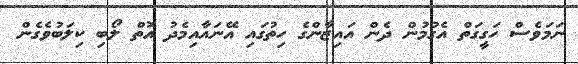
ނަމަވެސް ހަގީގަތް އެގުމުން ދެން އައިޒާންގެ ހިތުގައި އޭނައާއިމެދު އޮތް ލޯބި ކިލަބުވެގެން